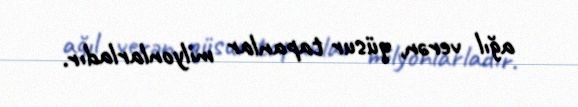
ağıl verən, qüsur tapanlar milyonlarladır.